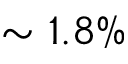
\sim 1 . 8 \%